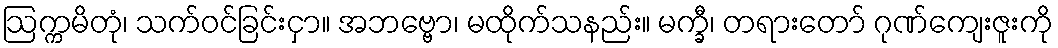
ဩက္ကမိတုံ၊ သက်ဝင်ခြင်းငှာ။ အဘဗ္ဗော၊ မထိုက်သနည်း။ မက္ခီ၊ တရားတော် ဂုဏ်ကျေးဇူးကို